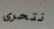
نتحرى